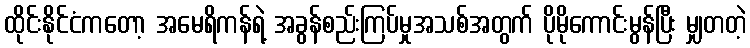
ထိုင်းနိုင်ငံကတော့ အမေရိကန်ရဲ့ အခွန်စည်းကြပ်မှုအသစ်အတွက် ပိုမိုကောင်းမွန်ပြီး မျှတတဲ့